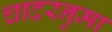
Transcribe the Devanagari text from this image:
चादरनुमा